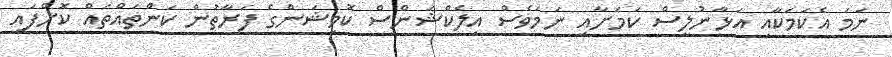
ނަމަ އެކަމަކާއި އަޅާނުލީސް ކަމަށާއި ނަމަވެސް އިލެކްޝަންސް ކޮމިޝަންގެ ފަރާތުން ކަންތައްތައް ކޮށްފައި